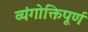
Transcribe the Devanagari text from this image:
व्यंगोक्तिपूर्ण